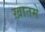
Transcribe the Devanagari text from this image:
ख़ातमे